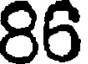
86